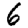
Digit: 6